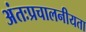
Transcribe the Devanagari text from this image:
अंतःप्रचालनीयता